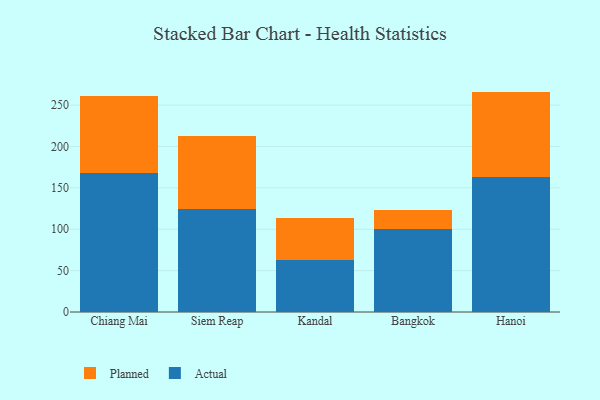
{"axis": {"x": "City", "y": "Revenue (USD Million)"}, "legend": ["Actual", "Planned"], "data": [{"x": "Chiang Mai", "y": 168.5, "type": "Actual"}, {"x": "Chiang Mai", "y": 93.0, "type": "Planned"}, {"x": "Siem Reap", "y": 124.3, "type": "Actual"}, {"x": "Siem Reap", "y": 88.8, "type": "Planned"}, {"x": "Kandal", "y": 62.4, "type": "Actual"}, {"x": "Kandal", "y": 51.3, "type": "Planned"}, {"x": "Bangkok", "y": 100.4, "type": "Actual"}, {"x": "Bangkok", "y": 23.4, "type": "Planned"}, {"x": "Hanoi", "y": 163.1, "type": "Actual"}, {"x": "Hanoi", "y": 103.2, "type": "Planned"}]}